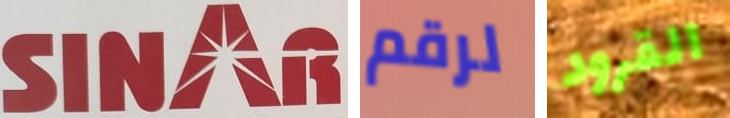
SINAR لرقم القرود